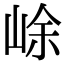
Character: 𡷣